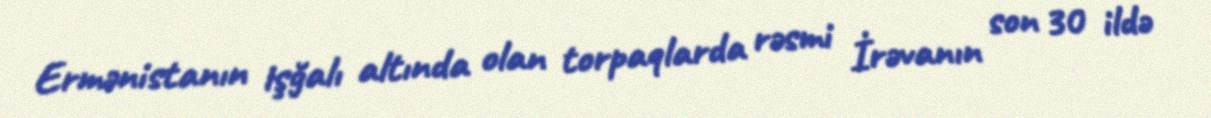
Ermənistanın işğalı altında olan torpaqlarda rəsmi İrəvanın son 30 ildə